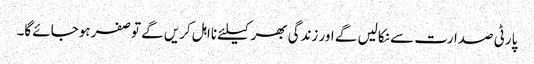
پارٹی صدارت سے نکالیں گے اور زندگی بھر کیلئے نااہل کریں گے توصفر ہوجائے گا۔